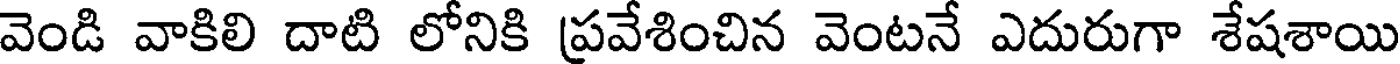
వెండి వాకిలి దాటి లోనికి ప్రవేశించిన వెంటనే ఎదురుగా శేషశాయి